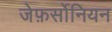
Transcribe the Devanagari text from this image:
जेफ़र्सोनियन